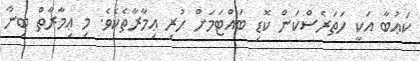
ކަޢުބާ އަކީ ހަތަރެސްކަން ކޮޑި ބައްޓަމަށް ހުރި ޢިމާރާތެކެވެ. މި ޢިމާރާތް ބިނާ